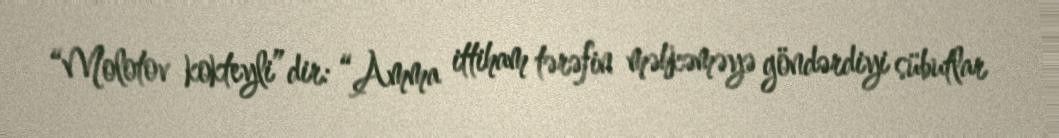
“Molotov kokteyli”dir: “Amma ittiham tərəfin məhkəməyə göndərdiyi sübutlar